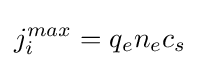
j_{i}^{max}=q_{e}n_{e}c_{s}